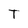
Character: T